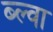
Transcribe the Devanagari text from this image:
ब्ल्वा